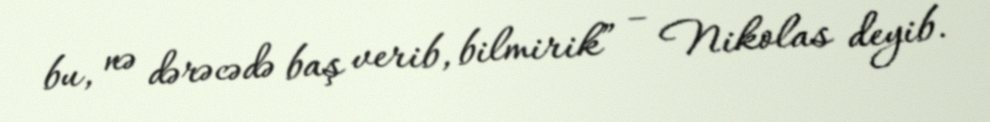
bu, nə dərəcədə baş verib, bilmirik” – Nikolas deyib.